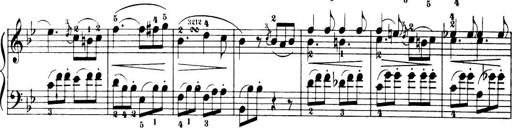
Title: 32 Sonatinas and Rondos for the Piano
Composer: Richard Kleinmichel